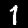
Label: 1